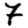
Digit: 7